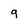
Character: 9